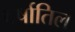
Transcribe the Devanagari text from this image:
वर्षातिल